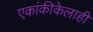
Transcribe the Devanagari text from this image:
एकांकीकेलाही